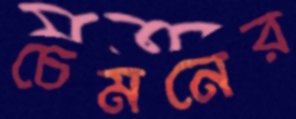
চেমনের